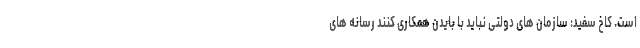
است. کاخ سفید: سازمان های دولتی نباید با بایدن همکاری کنند رسانه های